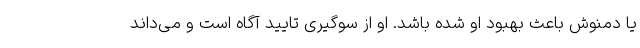
یا دمنوش باعث بهبود او شده باشد. او از سوگیری تایید آگاه است و می‌داند